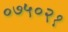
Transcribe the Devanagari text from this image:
०७५०२१